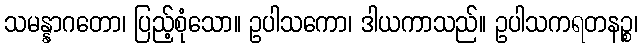
သမန္နာဂတော၊ ပြည့်စုံသော။ ဥပါသကော၊ ဒါယကာသည်။ ဥပါသကရတနဉ္စ၊